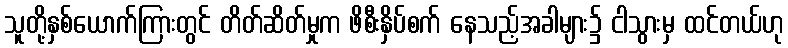
သူတို့နှစ်ယောက်ကြားတွင် တိတ်ဆိတ်မှုက ဖိစီးနှိပ်စက် နေသည့်အခါများ၌ ငါသွားမှ ထင်တယ်ဟု